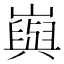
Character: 㠘